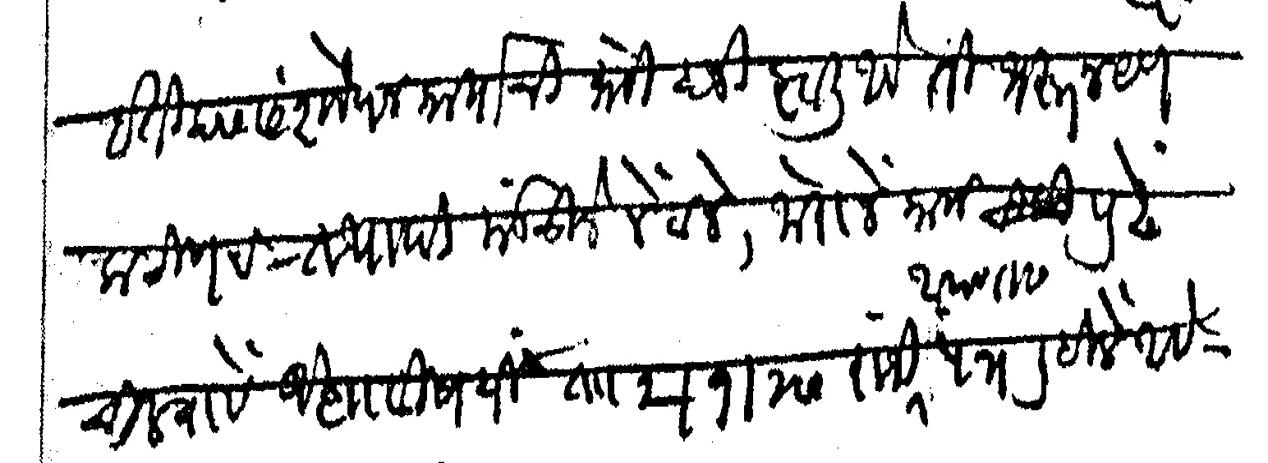
Transliteration (Devanagari): इतिहास संशोधन कार्याची मोठी हानी झाली आहे ती भरून येणे कठीणच तथापि मंडळाने नेटाने जोराने काम पुढे चालबावे अशाविषयी ता २ १ २७ रोजी आपणास पत्र लिहिले आहे